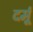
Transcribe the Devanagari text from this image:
दर्मू